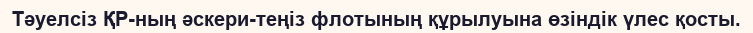
Тәуелсіз ҚР-ның әскери-теңіз флотының құрылуына өзіндік үлес қосты.